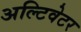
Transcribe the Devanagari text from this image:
अल्टिवेटर